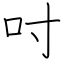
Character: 吋